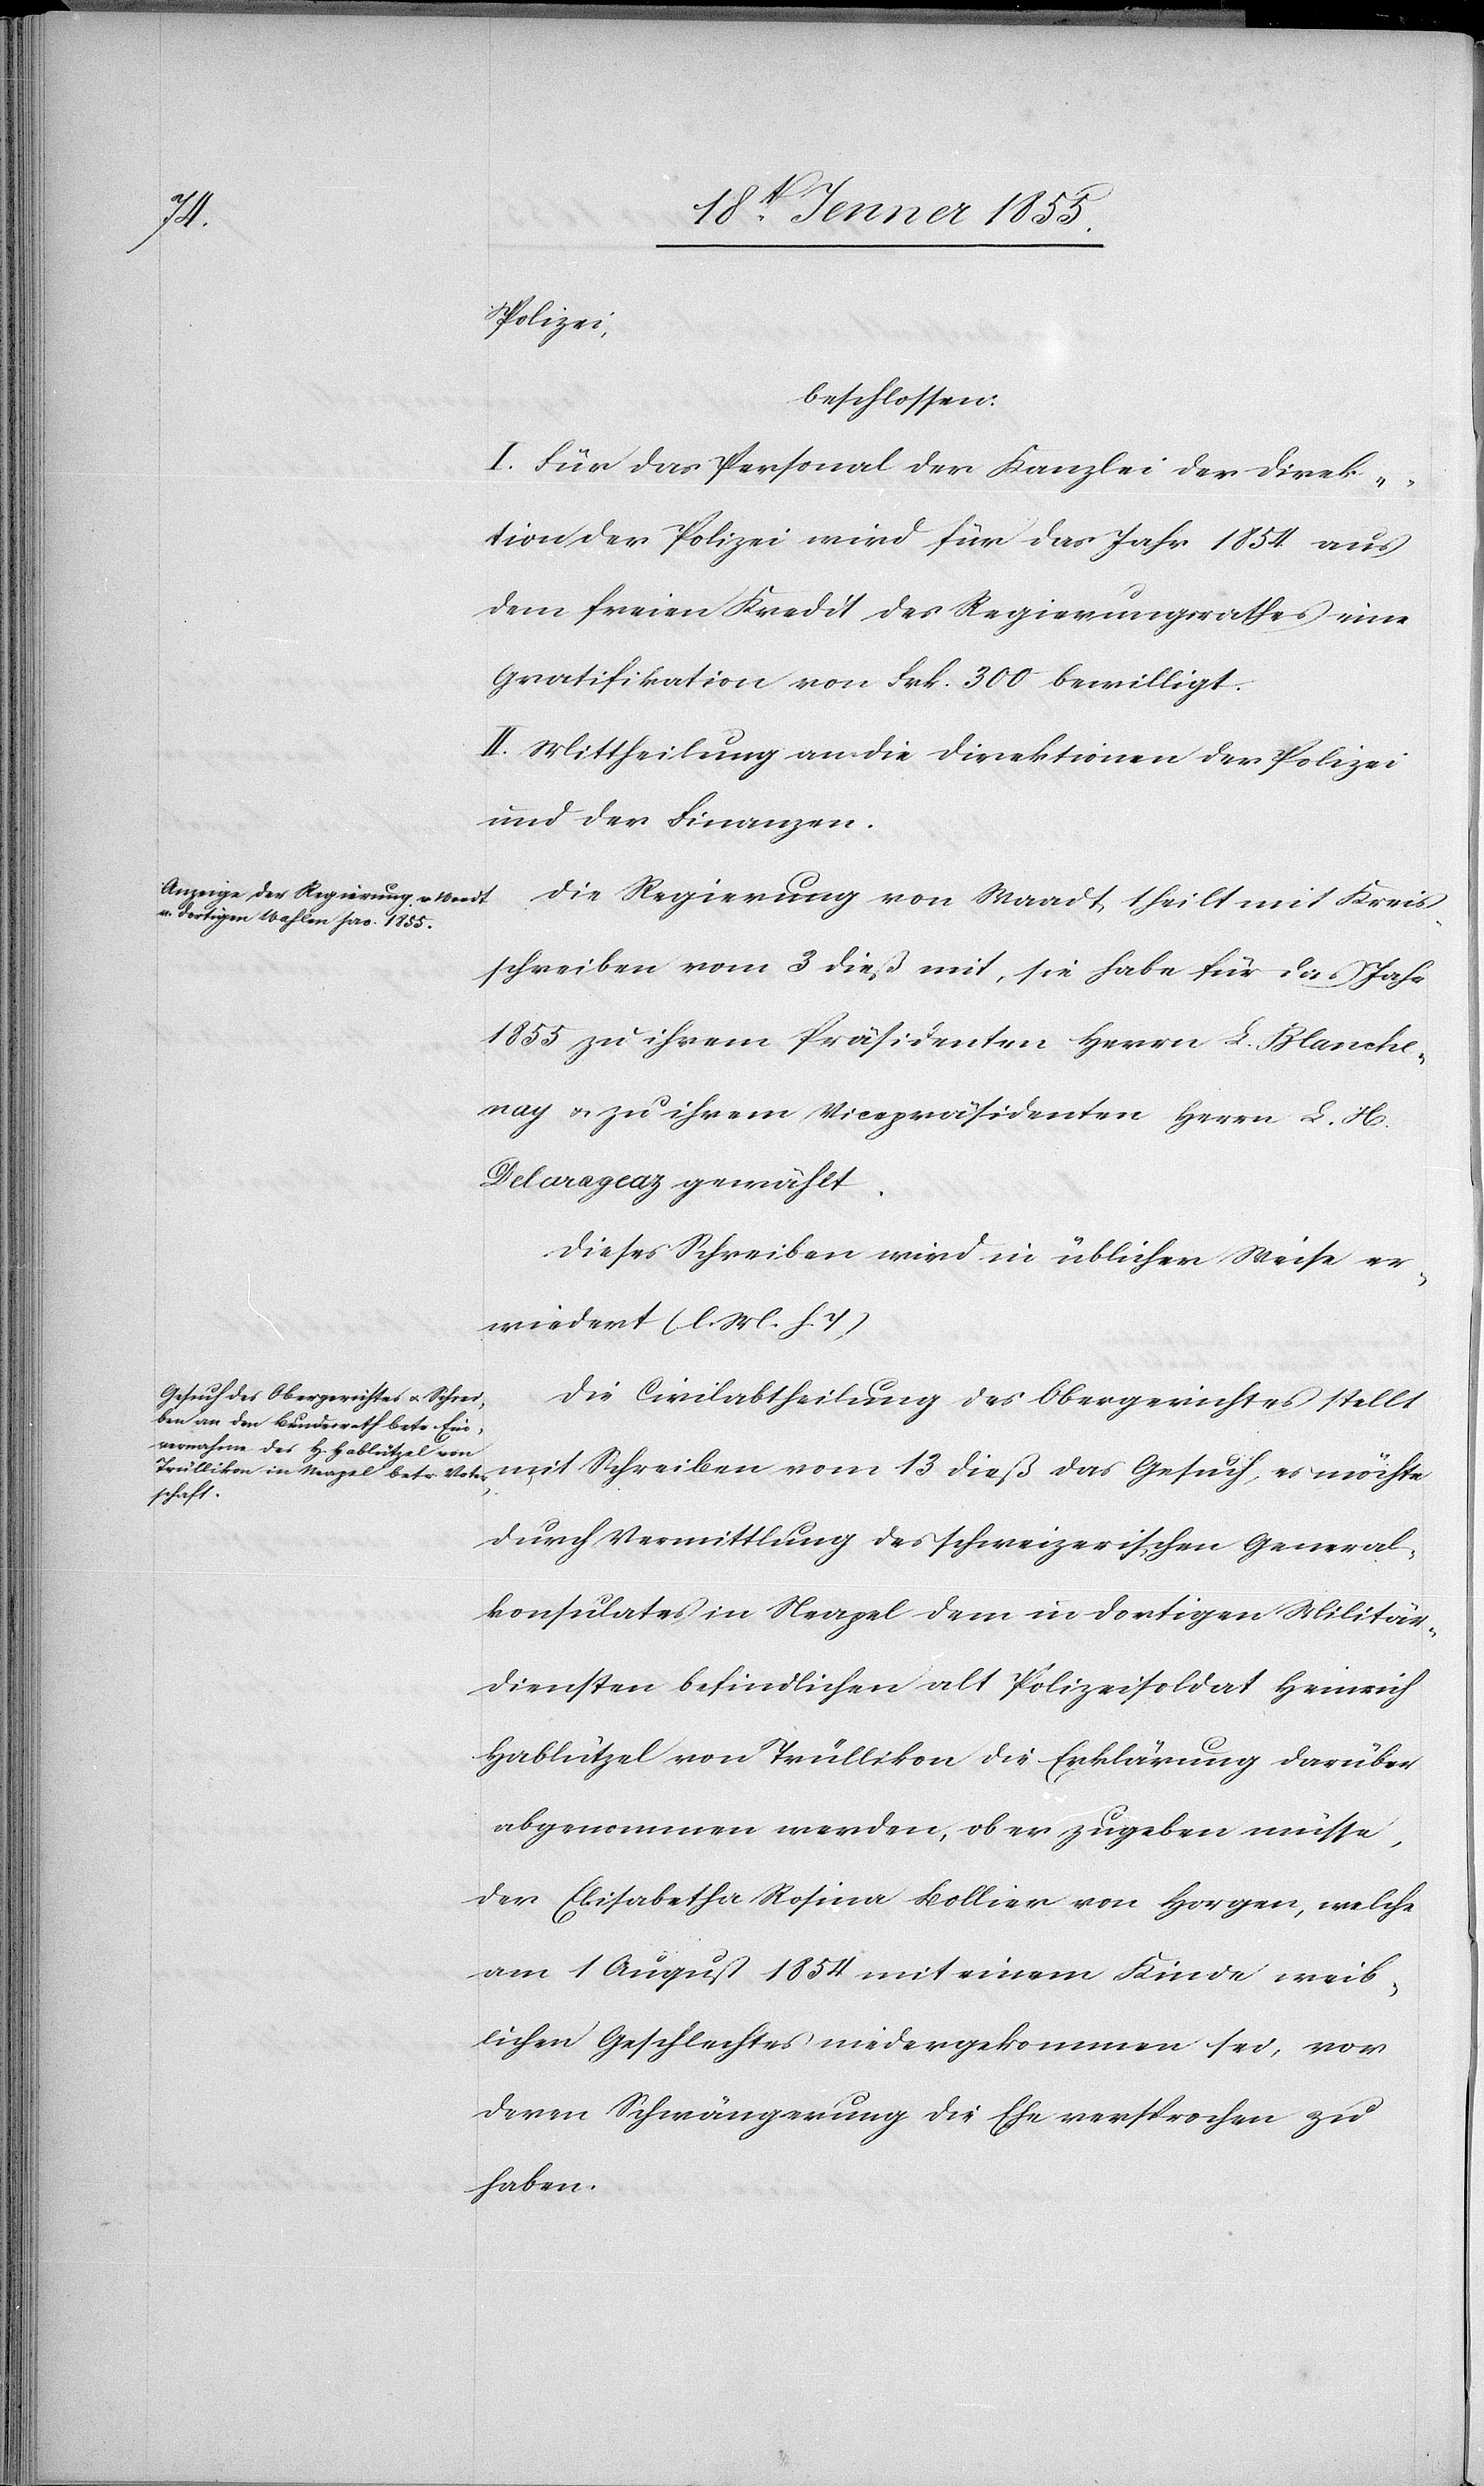
Polizei,
beschlossen:
I. Für das Personal der Kanzlei der Direk¬
tion der Polizei wird für das Jahr 1854 aus
dem freien Kredit des Regierungsrathes eine
Gratifikation von Frk. 300 bewilligt.
II. Mittheilung an die Direktionen der Polizei
und der Finanzen.
Die Regierung von Waadt theilt mit Kreis¬
schreiben vom 3 dieß mit, sie habe für das Jahr
1855 zu ihrem Präsidenten Herrn L. Blanche¬
nay & zu ihrem Vicepräsidenten Herrn L. H.
Delarageaz gewählt.
Dieses Schreiben wird in üblicher Weise er¬
wiedert (l. M. h. T)[.]
Die Civilabtheilung des Obergerichtes stellt
mit Schreiben vom 13 dieß das Gesuch, es möchte
durch Vermittlung des schweizerischen General¬
konsulates in Neapel dem in dortigen Militär¬
diensten befindlichen alt Polizeisoldat Heinrich
Hablützel von Trüllikon die Erklärung darüber
abgenommen werden, ob er zugeben müsse,
der Elisabetha Rosina Bollier von Horgen, welche
am 1 August 1854 mit einem Kinde weib¬
lichen Geschlechtes niedergekommen sei, vor
deren Schwängerung die Ehe versprochen zu
haben.